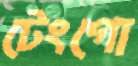
টেংগো